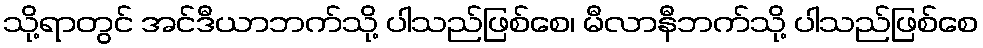
သို့ရာတွင် အင်ဒီယာဘက်သို့ ပါသည်ဖြစ်စေ၊ မီလာနီဘက်သို့ ပါသည်ဖြစ်စေ